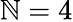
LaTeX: \mathbb{N}=4